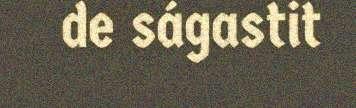
de ságastit